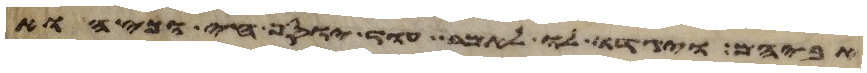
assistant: אביהם ויגדו לו לאמר עוד יוסף חי וכי הוא